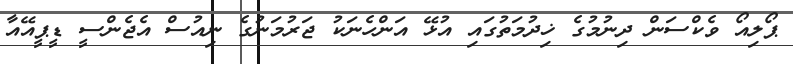
ޕޯލިއޯ ވެކްސަން ދިނުމުގެ ޚިދުމަތުގައި އުޅޭ އަންހެނަކު ޖަރުމަނުގެ ނިއުސް އެޖެންސީ ޑީޕީއޭއާ